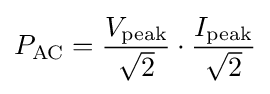
P_{\mathrm {AC} }={V_{\mathrm {peak} } \over {\sqrt {2}}}\cdot {I_{\mathrm {peak} } \over {\sqrt {2}}}